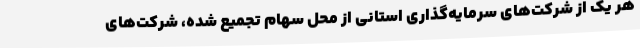
هر یک از شرکت‌های سرمایه‌گذاری استانی از محل سهام تجمیع شده، شرکت‌های